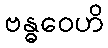
ဗန္ဓဝေဟိ